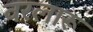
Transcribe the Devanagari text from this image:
वरलारू